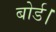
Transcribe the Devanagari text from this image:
बोर्ड।